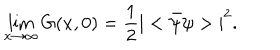
\lim _ { x \rightarrow \infty } G ( x , 0 ) = \frac { 1 } { 2 } { \vert < { \bar { \psi } } \psi > \vert } ^ { 2 } .